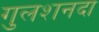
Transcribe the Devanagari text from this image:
गुलशनदा